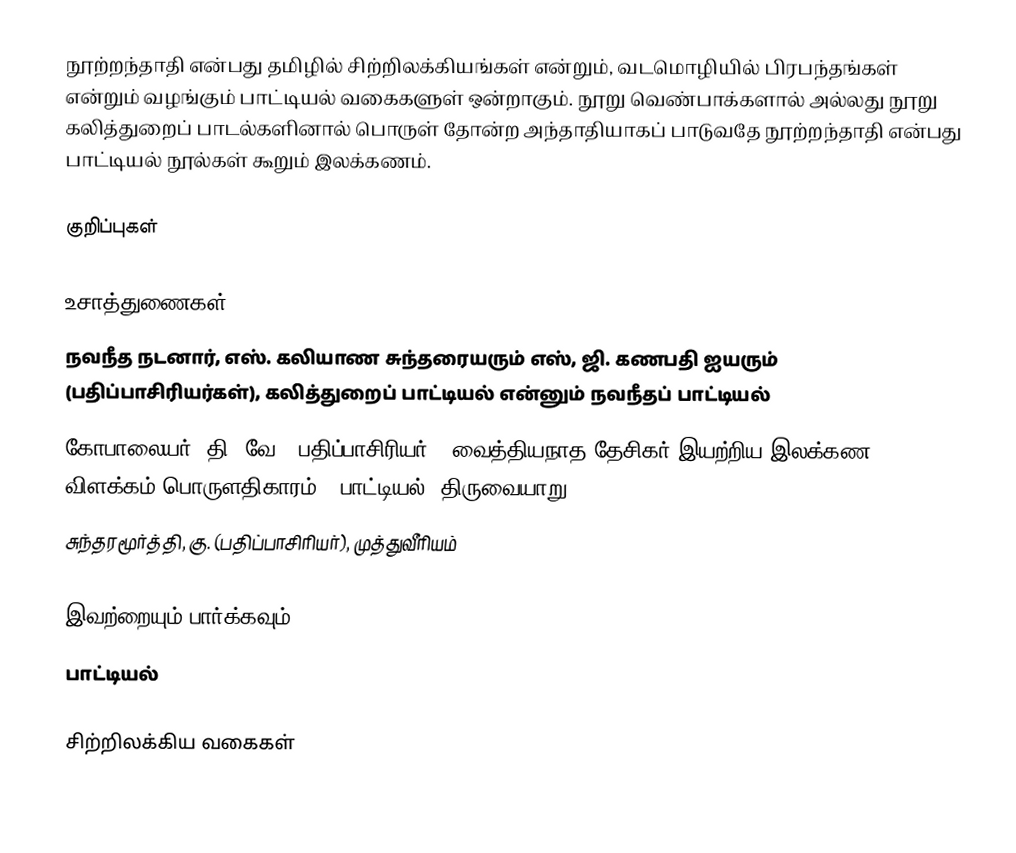
நூற்றந்தாதி என்பது தமிழில் சிற்றிலக்கியங்கள் என்றும், வடமொழியில் பிரபந்தங்கள் என்றும் வழங்கும் பாட்டியல் வகைகளுள் ஒன்றாகும். நூறு வெண்பாக்களால் அல்லது நூறு கலித்துறைப் பாடல்களினால் பொருள் தோன்ற அந்தாதியாகப் பாடுவதே நூற்றந்தாதி என்பது பாட்டியல் நூல்கள் கூறும் இலக்கணம்.

குறிப்புகள்

உசாத்துணைகள்
 நவநீத நடனார், எஸ். கலியாண சுந்தரையரும் எஸ், ஜி. கணபதி ஐயரும் (பதிப்பாசிரியர்கள்), கலித்துறைப் பாட்டியல் என்னும் நவநீதப் பாட்டியல்
 கோபாலையர், தி. வே. (பதிப்பாசிரியர்), வைத்தியநாத தேசிகர் இயற்றிய இலக்கண விளக்கம் பொருளதிகாரம் - பாட்டியல், திருவையாறு.
 சுந்தரமூர்த்தி, கு. (பதிப்பாசிரியர்), முத்துவீரியம்

இவற்றையும் பார்க்கவும்
 பாட்டியல்

சிற்றிலக்கிய வகைகள்